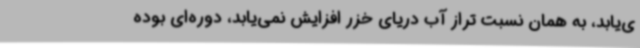
ی‌یابد، به همان نسبت تراز آب دریای خزر افزایش نمی‌یابد، دوره‌ای بوده